Insane asylums in Bengal annual reports 1867-1875 - 1867-1875
Year: 1867
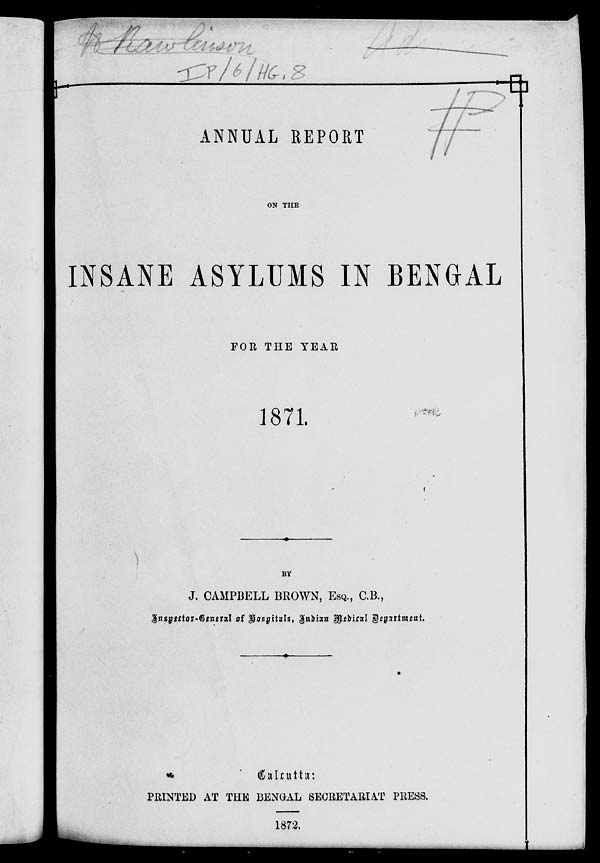
ANNUAL REPORT
ON THE
INSANE ASYLUMS IN BENGAL
FOR THE YEAR
1871.
BY
J. CAMPBELL BROWN, ESQ., C.B.,
Inspector-General of Hospitals, Indian medical Department.
Calcutta:
PRINTED AT THE BENGAL SECRETARIAT PRESS.
1872.